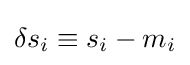
\delta s_{i}\equiv s_{i}-m_{i}